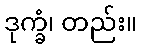
ဒုက္ခံ၊ တည်း။